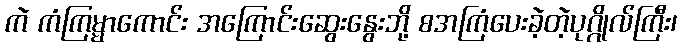
ကဲ ကံကြမ္မာကောင်း အကြောင်းဆွေးနွေးဘို့ စအကြံပေးခဲ့တဲ့ပုဂ္ဂိုလ်ကြီး၊